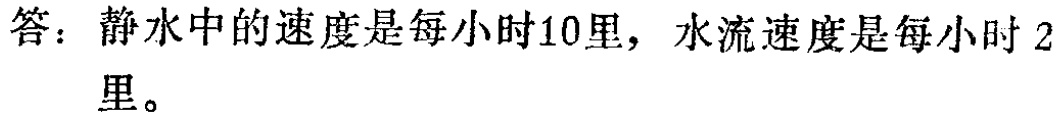
答：静水中的速度是每小时10里，水流速度是每小时2里。